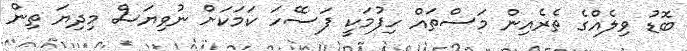
ބޮޑު ވިލެއްގެ ތެރެއިން މަސްތައް ހިފުމަކީ ފަސޭހަ ކަމަކަށް ނުވިޔަސް މިދިޔަ ތިން